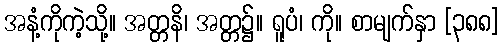
အနံ့ကိုကဲ့သို့။ အတ္တနိ၊ အတ္တ၌။ ရူပံ၊ ကို။ စာမျက်နှာ [၃၈၈]